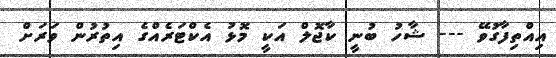
އިއްތިފާގުވޭ --- ޝާހު ބުނީ ކާޖޮލް އަކީ މޮޅު އެކްޓަރެއްގެ އިތުރުން ވަރަށް